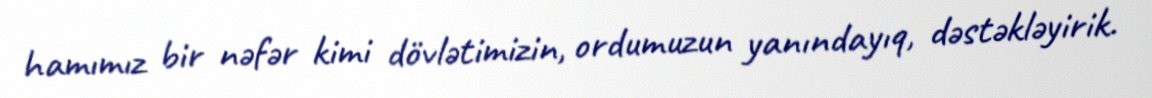
hamımız bir nəfər kimi dövlətimizin, ordumuzun yanındayıq, dəstəkləyirik.